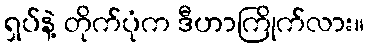
ရှပ်နဲ့ တိုက်ပုံက ဒီဟာကြိုက်လား။